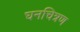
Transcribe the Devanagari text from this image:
घनचित्रण